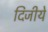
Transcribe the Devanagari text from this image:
दिजीये